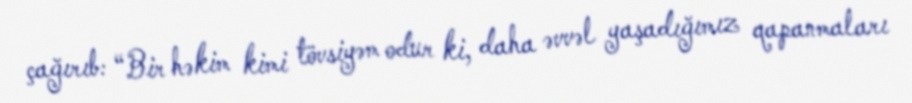
çağırıb: “Bir həkim kimi tövsiyəm odur ki, daha əvvəl yaşadığımız qapanmaları